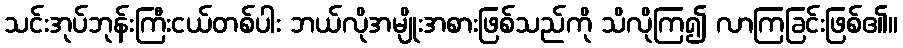
သင်းအုပ်ဘုန်းကြီးငယ်တစ်ပါး ဘယ်လိုအမျိုးအစားဖြစ်သည်ကို သိလိုကြ၍ လာကြခြင်းဖြစ်၏။